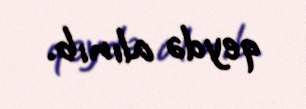
qeydə alınıb.